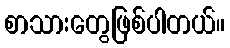
စာသားတွေဖြစ်ပါတယ်။